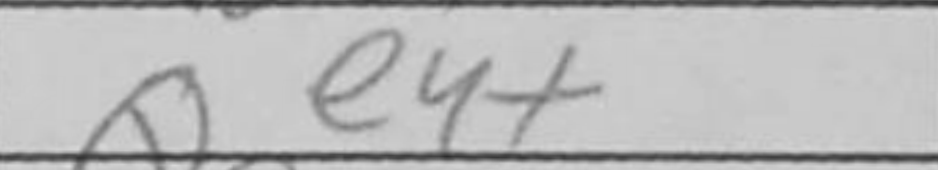
Transcription: Qe4+